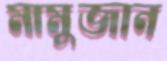
মামুজান